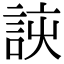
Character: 𮘈